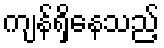
ကျန်ရှိနေသည့်